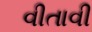
વીતાવી